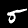
Digit: 5